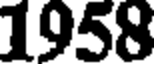
1958